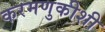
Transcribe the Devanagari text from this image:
करमणुकीशी